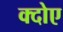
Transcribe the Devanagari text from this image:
क्दोए